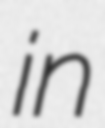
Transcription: in